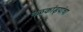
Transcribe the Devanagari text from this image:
नळकांड्यांचा